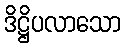
ဒိဋ္ဌိပလာသော